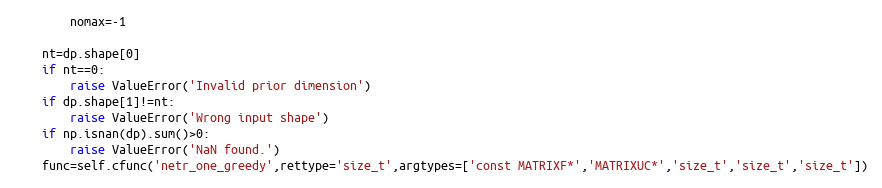
Language: Python
		nomax=-1

	nt=dp.shape[0]
	if nt==0:
		raise ValueError('Invalid prior dimension')
	if dp.shape[1]!=nt:
		raise ValueError('Wrong input shape')
	if np.isnan(dp).sum()>0:
		raise ValueError('NaN found.')
	func=self.cfunc('netr_one_greedy',rettype='size_t',argtypes=['const MATRIXF*','MATRIXUC*','size_t','size_t','size_t'])